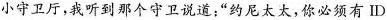
小守卫厅，我听到那个守卫说道：“约尼太太，你必须有ID